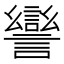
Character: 𧬾